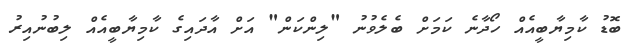
ބޮޑު ކާމިޔާބީއެއް ހޯދާނެ ކަމަށް ބެލެވުނު "ލިންކަން" އަށް އާދައިގެ ކާމިޔާބީއެއް ލިބުނުއިރު